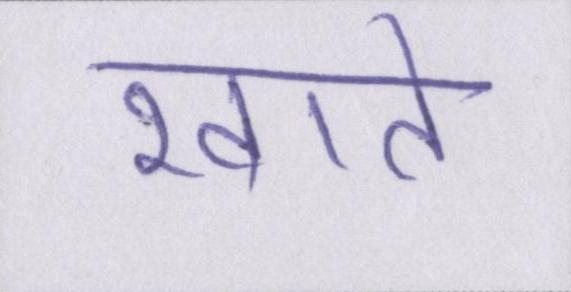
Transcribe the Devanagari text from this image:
खाते